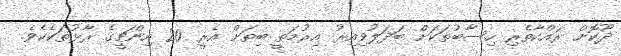
ދޫކޮށް ރައްކާތެރި ހިސާބުތަކަށް ބަދަލުވިއިރު އިރުމަތީ ބިތަށް އެރީ 20 އިންޗީގެ ރާޅުތަކެކެވެ.